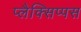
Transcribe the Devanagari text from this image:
प्लैक्सिप्पस